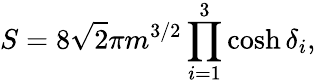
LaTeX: S=8\sqrt{2}\pi m^{3/2}\prod_{i=1}^{3}\cosh\delta_{i},